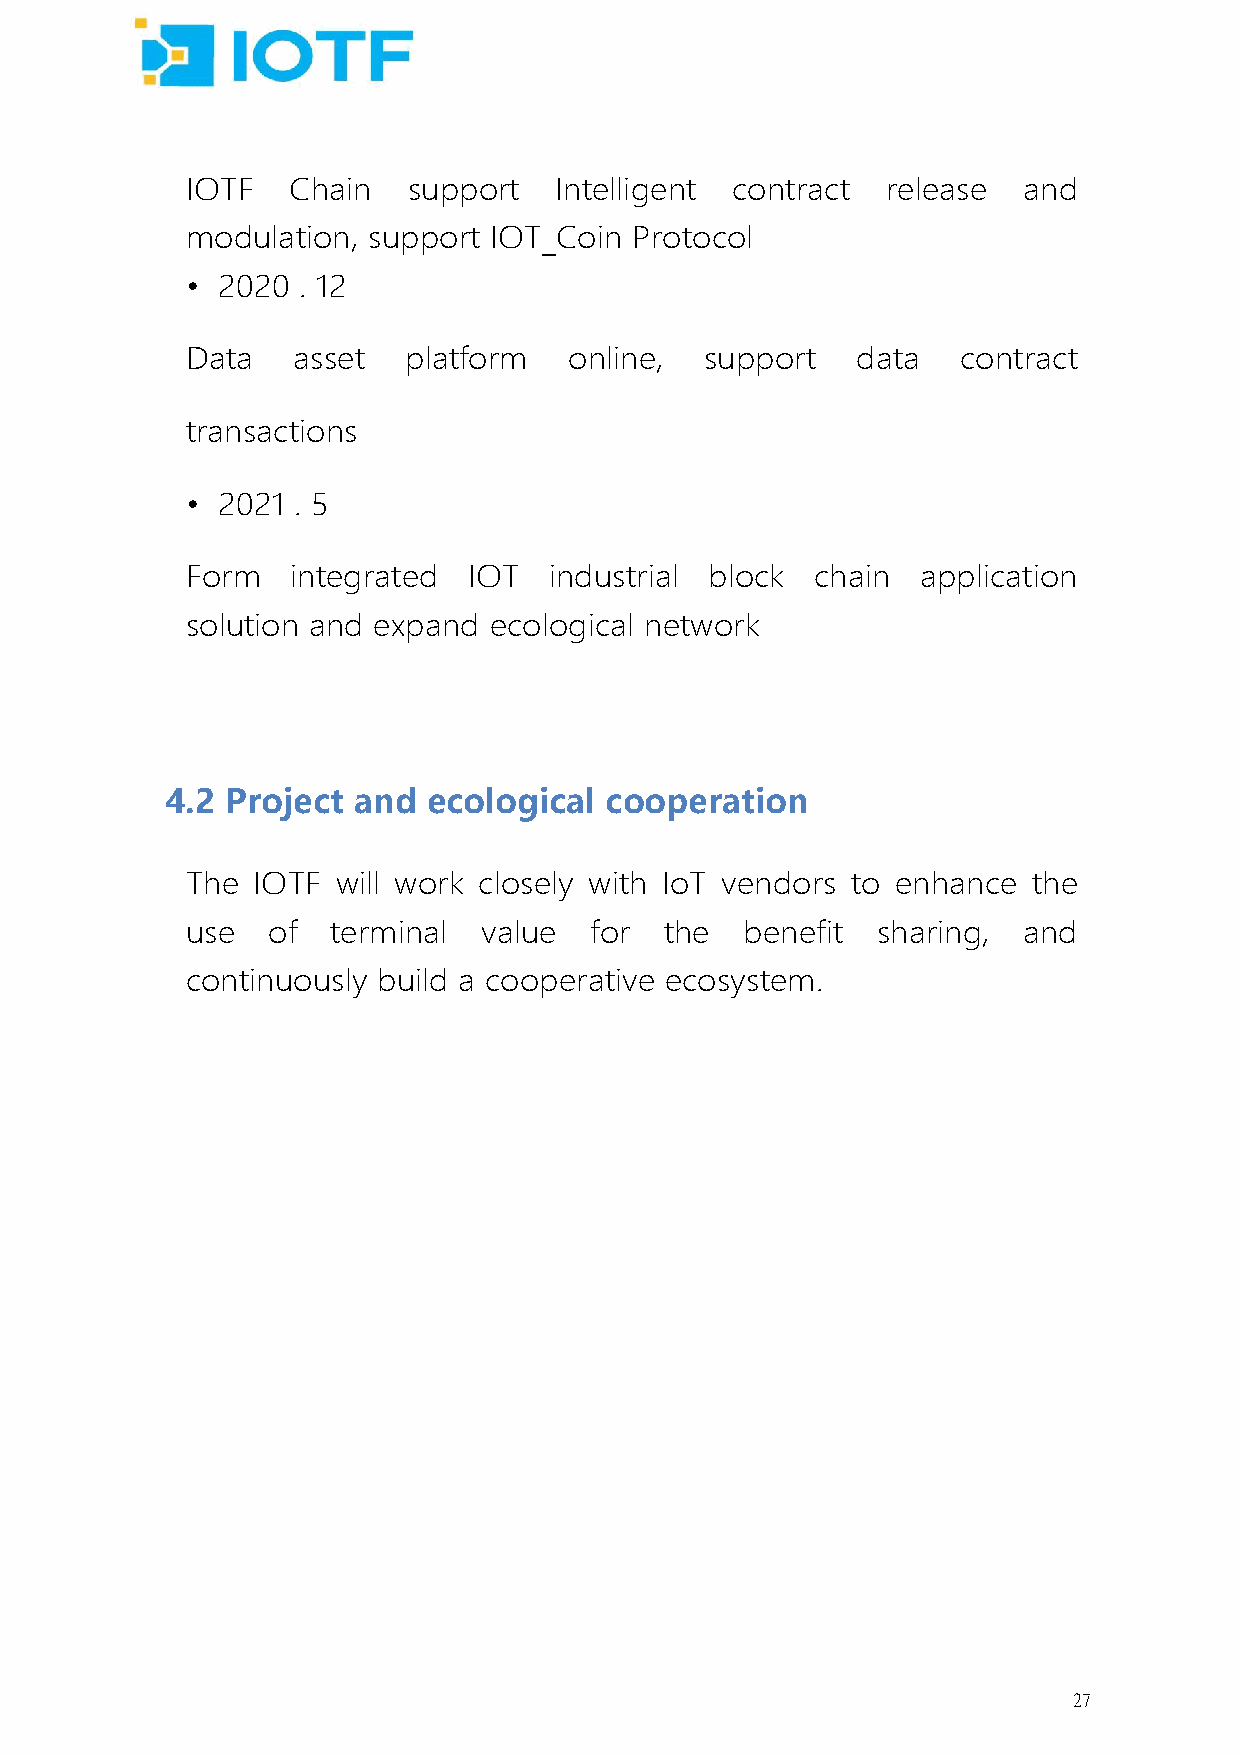
IOTF   Chain   support   Intelligent contract  release  and
 modulation, support IOT_Coin  Protocol
 • 2020  . 12
 Data   asset   platform   online,  support   data   contract
 transactions
 • 2021 . 5
 Form   integrated  IOT  industrial block  chain  application
 solution and expand ecological network
 4.2 Project and  ecological  cooperation
 The  IOTF will work closely with IoT vendors to enhance the
 use   of  terminal  value  for  the  benefit  sharing,  and
 continuously build a cooperative ecosystem.
 27